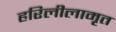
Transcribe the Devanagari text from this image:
हरिलीलामृत